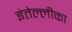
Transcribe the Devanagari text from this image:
इंतेल्लीका